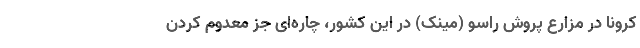
کرونا در مزارع پروش راسو (مینک) در این کشور، چاره‌ای جز معدوم کردن